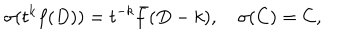
\sigma ( t ^ { k } f ( D ) ) = t ^ { - k } \bar { f } ( D - k ) , \quad \sigma ( C ) = C ,